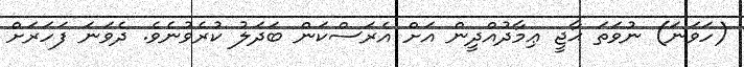
(ހަވަނަ) ނުވަތަ ޙާޖީ ޢިމާދުއްދީން އަށް އެރަސްކަން ބަދަލު ކުރެވުނެވެ. ދެވަނަ ފަހަރަށް